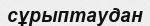
сұрыптаудан